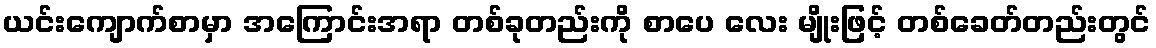
ယင်းကျောက်စာမှာ အကြောင်းအရာ တစ်ခုတည်းကို စာပေ လေး မျိုးဖြင့် တစ်ခေတ်တည်းတွင်